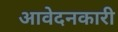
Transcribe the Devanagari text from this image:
आवेदनकारी